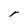
Character: r